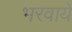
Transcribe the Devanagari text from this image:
भरवाये